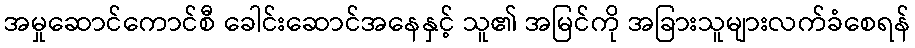
အမှုဆောင်ကောင်စီ ခေါင်းဆောင်အနေနှင့် သူ၏ အမြင်ကို အခြားသူများလက်ခံစေရန်